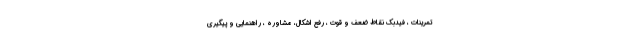
تمرینات ، فیدبک نقاط ضعف و قوت ، رفع اشکال، مشاوره ، راهنمایی و پیگیری